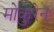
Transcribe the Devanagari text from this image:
मोकुरेन